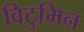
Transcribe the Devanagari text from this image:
विटुमिन